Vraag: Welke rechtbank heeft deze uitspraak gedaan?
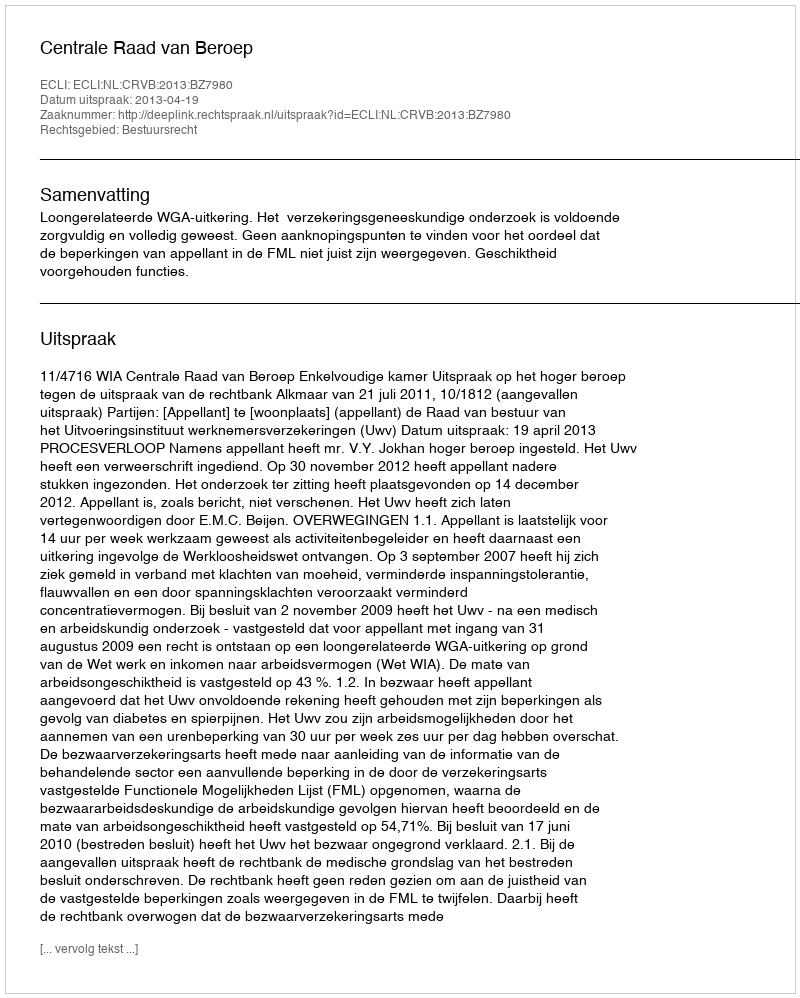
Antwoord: Centrale Raad van Beroep